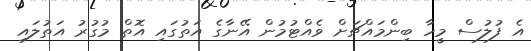
އެ ފުލުސް މީހާ ބިންމައްޗަށް ވެއްޓުމުން އޭނާގެ އަތުގައި އޮތް މުގުރު އަތުލައި